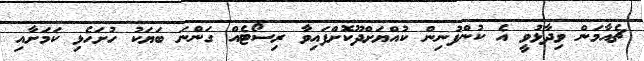
ޗެއާމަން ވިދާޅުވީ އެ ކުންފުނިން ކުއްޔަށްދޫކޮށްފައިވާ ރިސޯޓެއް ގަންނަ ބަޔަކު ހުށަހެޅި ކަމަށާއި